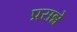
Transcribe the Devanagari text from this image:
प्रसन्ने